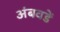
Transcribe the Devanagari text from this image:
अंबवडें